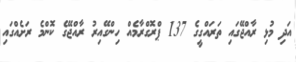
އަދި މުޅި ރާއްޖޭގައި ތަރައްގީގެ 137 ޕްރޮގްރާމެއް ހިންގޭއިރު ރާއްޖޭގެ ކޮންމެ ރަށެއްގައި